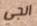
انجي